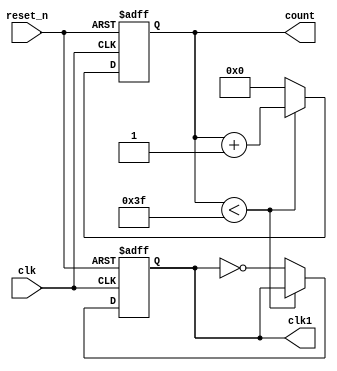
module counter(clk,reset_n,count,clk1);
  input        clk,reset_n;
  output       clk1;
  output[6:0]  count;
  reg          clk1;
  reg[6:0]     count;
  parameter    N = 128;
  
    always @ (posedge clk or negedge reset_n )
      if(! reset_n)
        begin
          count <= 1'b0;
          clk1 <= 1'b0;
        end
          
        else    if ( count < 63 )
		
          begin         
            count <= count + 1'b1;           
          end
        else
          begin       
            count <= 1'b0;
            clk1 <= ~clk1;     
          end
endmodule